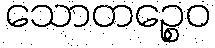
သောတဉ္စေဝ